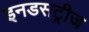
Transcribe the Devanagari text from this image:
इनडसट्रीज